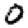
Digit: 0